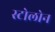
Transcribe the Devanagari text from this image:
स्टोलोन